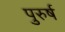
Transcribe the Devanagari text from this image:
पुरुर्ष